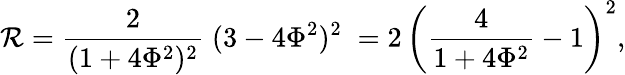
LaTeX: {\cal R}={\frac 2{(1+4\Phi^{2})^{2}}\; }(3-4\Phi^{2})^{2}\; =2\, \left({\frac 4{1+4\Phi^{2}}-1}\right)^{2},